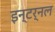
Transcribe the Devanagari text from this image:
इन्टर्नल